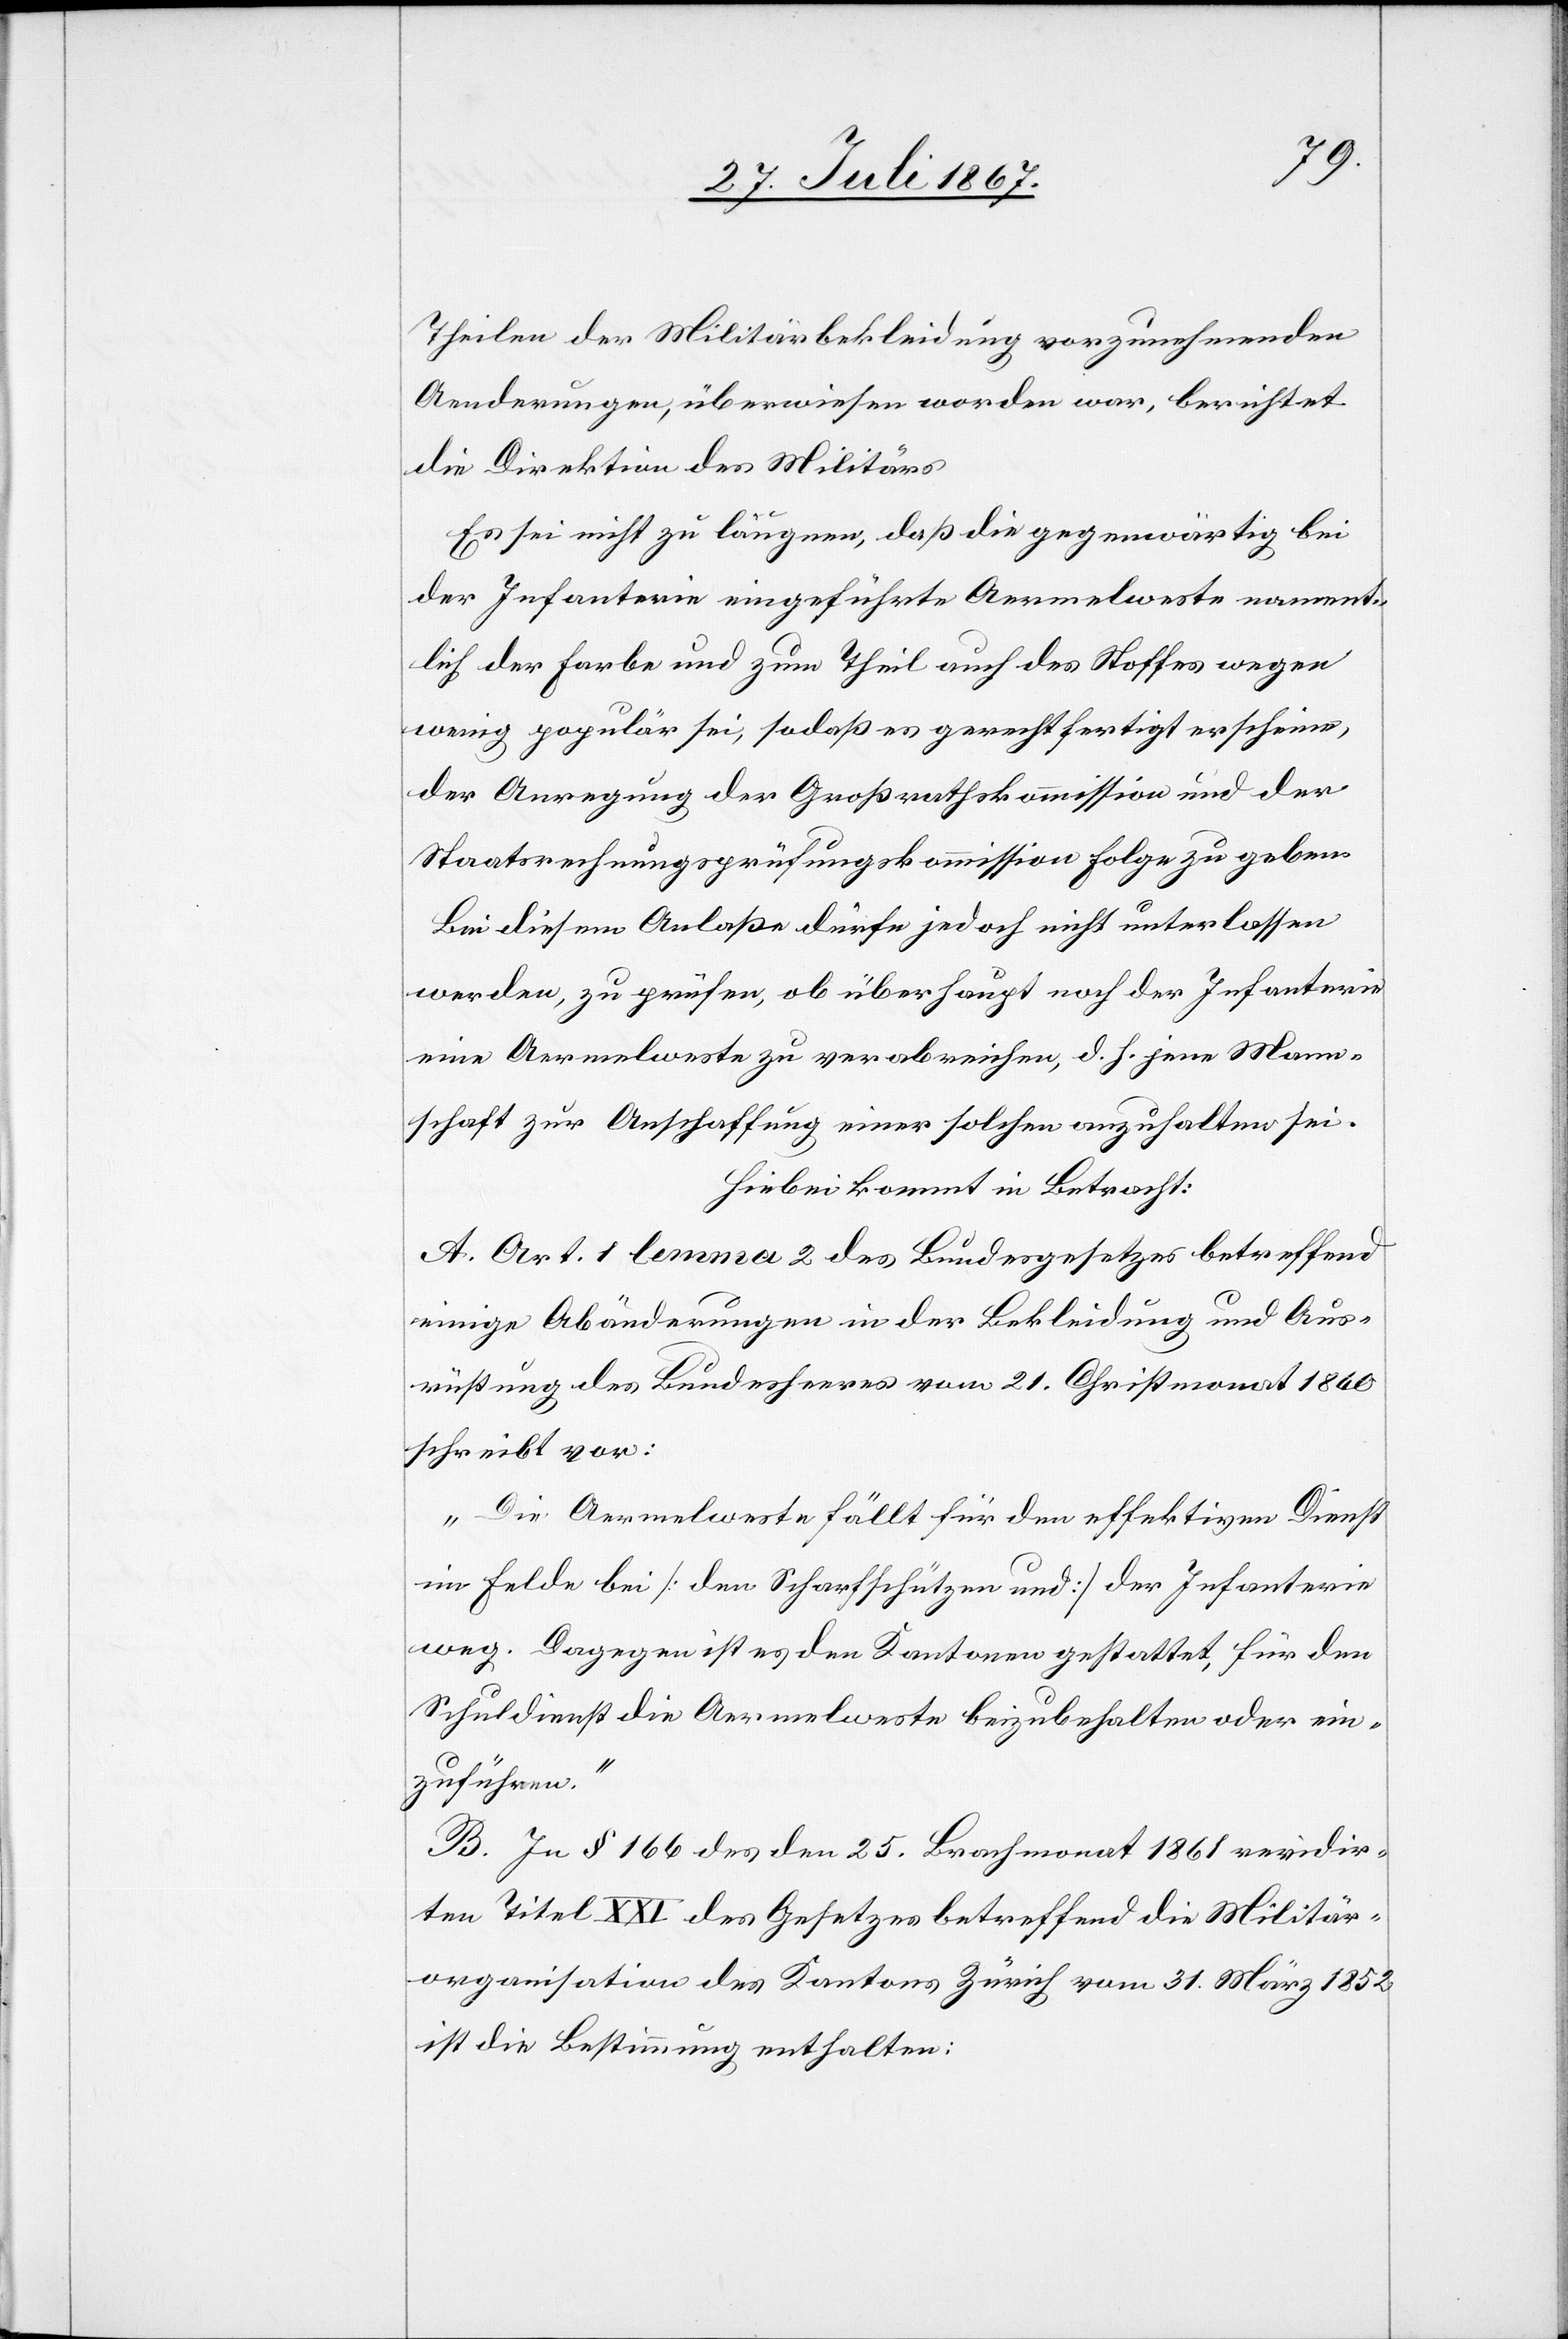
Theilen der Militärbekleidung vorzunehmenden
Aenderungen, überwiesen worden war, berichtet
die Direktion des Militärs:
Es sei nicht zu läugnen, daß die gegenwärtig bei
der Infanterie eingeführte Aermelweste nament¬
lich der Farbe und zum Theil auch des Stoffes wegen
wenig populär sei, sodaß es gerechtfertigt erscheine,
der Anregung der Großrathskommission und der
Staatsrechnungsprüfungskommission Folge zu geben.
Bei diesem Anlaße dürfe jedoch nicht unterlassen
werden, zu prüfen, ob überhaupt noch der Infanterie
eine Aermelweste verabreichen, d. h. jene Mann¬
schaft zur Anschaffung einer solchen anzuhalten sei.
Hiebei kommt in Betracht:
A. Art. 1 lemma 2 des Bundesgesetzes betreffend
einige Abänderungen in der Bekleidung und Aus¬
rüstung des Bundesheeres vom 21. Christmonat 1860
schreibt vor:
„Die Aermelweste fällt für den effektiven Dienst
im Felde bei [dem Scharfschützen und] der Infanterie
weg. Dagegen ist es den Kantonen gestattet, für den
Schuldienst die Aermelweste beizubehalten oder ein¬
zuführen.“
B. In § 166 des den 25. Brachmonat 1861 revidir¬
ten Titel XXI des Gesetzes betreffend die Militär¬
organisation des Kantons Zürich vom 31. März 1852
ist die Bestimmung enthalten: